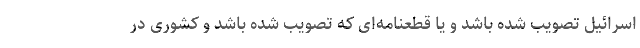
اسرائیل تصویب شده باشد و یا قطعنامه‌ای که تصویب شده باشد و کشوری در